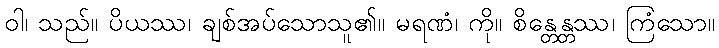
ဝါ၊ သည်။ ပိယဿ၊ ချစ်အပ်သောသူ၏။ မရဏံ၊ ကို။ စိန္တေန္တဿ၊ ကြံသော။